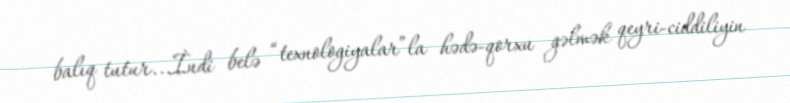
balıq tutur...İndi belə “texnologiyalar”la hədə-qorxu gəlmək qeyri-ciddiliyin